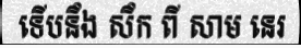
ទើបនឹង សឹក ពី សាម នេរ